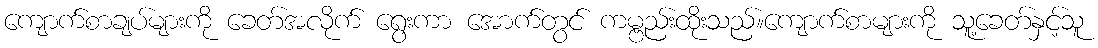
ကျောက်စာချပ်များကို ခေတ်အလိုက် ရွေးကာ အောက်တွင် ကမ္ဗည်းထိုးသည်။ကျောက်စာများကို သူ့ခေတ်နှင့်သူ